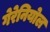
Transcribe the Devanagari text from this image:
गेरेनियोल